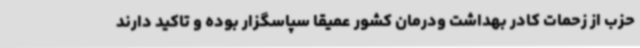
حزب از زحمات کادر بهداشت ودرمان کشور عمیقا سپاسگزار بوده و تاکید دارند